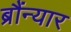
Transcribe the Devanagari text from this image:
ब्रौंन्यार